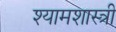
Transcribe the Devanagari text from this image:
श्यामशास्त्री